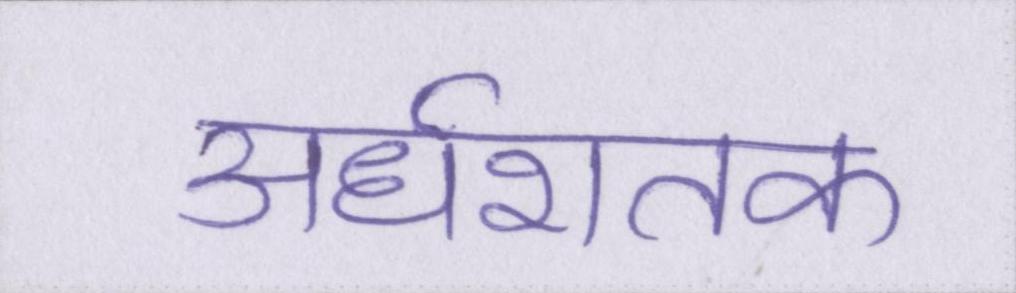
अर्धशतक